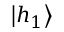
\left| h _ { 1 } \right>